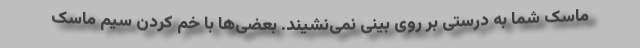
ماسک شما به درستی بر روی بینی نمی‌نشیند. بعضی‌ها با خم کردن سیم ماسک